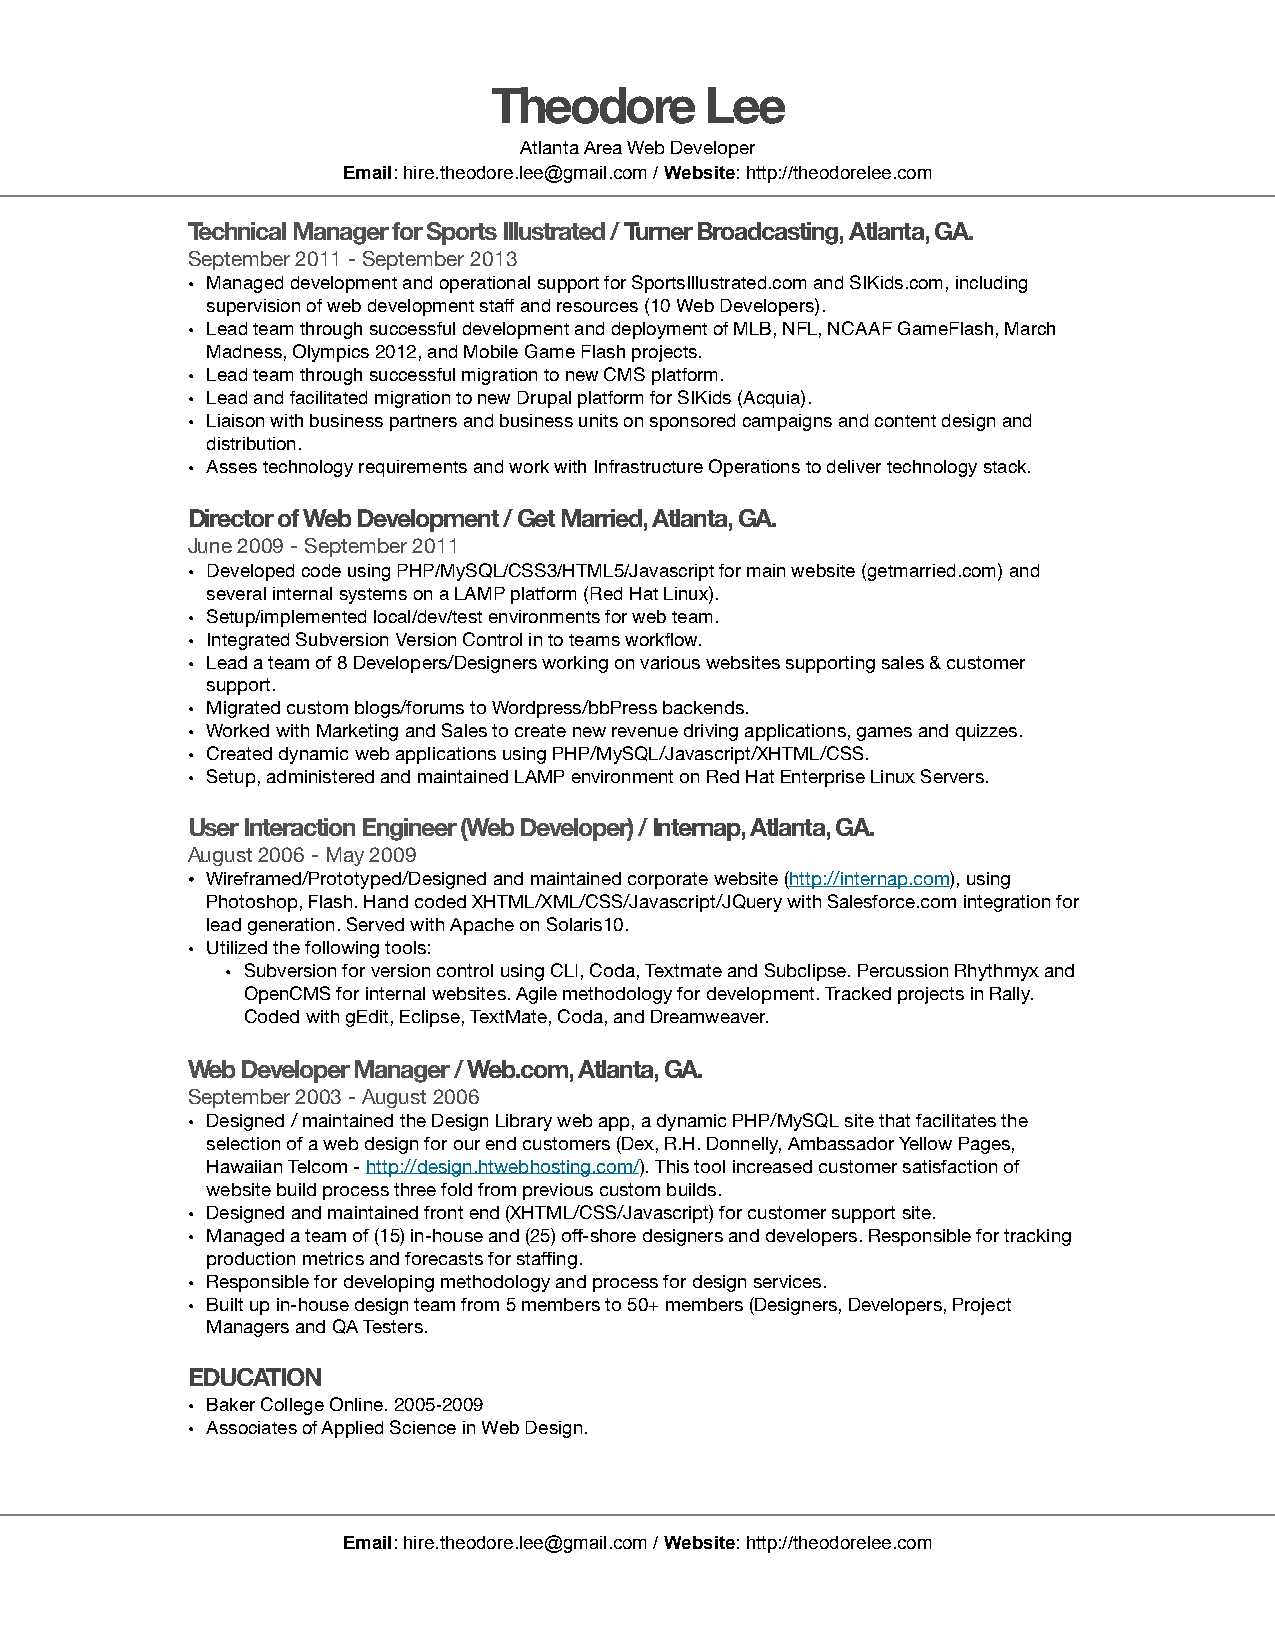
Theodore      Lee
 Atlanta Area Web Developer
 Email: hire.theodore.lee@gmail.com / Website: http://theodorelee.com
 Technical Manager for Sports Illustrated / Turner Broadcasting, Atlanta, GA.
 September 2011 - September 2013
 • Managed development and operational support for SportsIllustrated.com and SIKids.com, including
 supervision of web development staff and resources (10 Web Developers).
 • Lead team through successful development and deployment of MLB, NFL, NCAAF GameFlash, March
 Madness, Olympics 2012, and Mobile Game Flash projects.
 • Lead team through successful migration to new CMS platform.
 • Lead and facilitated migration to new Drupal platform for SIKids (Acquia).
 • Liaison with business partners and business units on sponsored campaigns and content design and
 distribution.
 • Asses technology requirements and work with Infrastructure Operations to deliver technology stack.
 Director of Web Development / Get Married, Atlanta, GA.
 June 2009 - September 2011
 • Developed code using PHP/MySQL/CSS3/HTML5/Javascript for main website (getmarried.com) and
 several internal systems on a LAMP platform (Red Hat Linux).
 • Setup/implemented local/dev/test environments for web team.
 • Integrated Subversion Version Control in to teams workflow.
 • Lead a team of 8 Developers/Designers working on various websites supporting sales & customer
 support.
 • Migrated custom blogs/forums to Wordpress/bbPress backends.
 • Worked with Marketing and Sales to create new revenue driving applications, games and quizzes.
 • Created dynamic web applications using PHP/MySQL/Javascript/XHTML/CSS.
 • Setup, administered and maintained LAMP environment on Red Hat Enterprise Linux Servers.
 User Interaction Engineer (Web Developer) / Internap, Atlanta, GA.
 August 2006 - May 2009
 • Wireframed/Prototyped/Designed and maintained corporate website (http://internap.com), using
 Photoshop, Flash. Hand coded XHTML/XML/CSS/Javascript/JQuery with Salesforce.com integration for
 lead generation. Served with Apache on Solaris10.
 • Utilized the following tools:
 • Subversion for version control using CLI, Coda, Textmate and Subclipse. Percussion Rhythmyx and
 OpenCMS for internal websites. Agile methodology for development. Tracked projects in Rally.
 Coded with gEdit, Eclipse, TextMate, Coda, and Dreamweaver.
 Web Developer Manager / Web.com, Atlanta, GA.
 September 2003 - August 2006
 • Designed / maintained the Design Library web app, a dynamic PHP/MySQL site that facilitates the
 selection of a web design for our end customers (Dex, R.H. Donnelly, Ambassador Yellow Pages,
 Hawaiian Telcom - http://design.htwebhosting.com/). This tool increased customer satisfaction of
 website build process three fold from previous custom builds.
 • Designed and maintained front end (XHTML/CSS/Javascript) for customer support site.
 • Managed a team of (15) in-house and (25) off-shore designers and developers. Responsible for tracking
 production metrics and forecasts for staffing.
 • Responsible for developing methodology and process for design services.
 • Built up in-house design team from 5 members to 50+ members (Designers, Developers, Project
 Managers and QA Testers.
 EDUCATION
 • Baker College Online. 2005-2009
 • Associates of Applied Science in Web Design.
 Email: hire.theodore.lee@gmail.com / Website: http://theodorelee.com